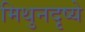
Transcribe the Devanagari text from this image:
मिथुनदृष्ये